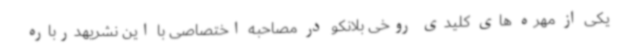
یکی از مهره های کلیدی روخی بلانکو در مصاحبه اختصاصی با این نشریهدرباره